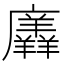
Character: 𭚎